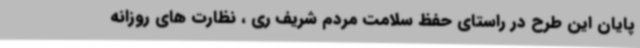
پایان این طرح در راستای حفظ سلامت مردم شریف ری ، نظارت های روزانه